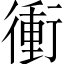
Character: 衝